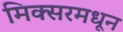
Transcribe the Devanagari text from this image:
मिक्सरमधून